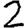
Digit: 2